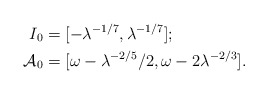
\begin{align*}I_0 &= [-\lambda^{-1/7}, \lambda^{-1/7}]; \\\mathcal{A}_0 &= [\omega - \lambda^{-2/5}/2, \omega - 2\lambda^{-2/3}].\end{align*}